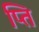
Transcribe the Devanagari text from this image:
प्ति